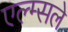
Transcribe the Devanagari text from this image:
एल्म्सले